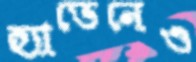
হ্যাভেনেও